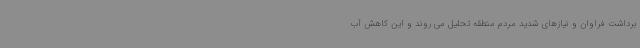
برداشت فراوان و نیازهای شدید مردم منطقه تحلیل می روند و این کاهش آب